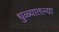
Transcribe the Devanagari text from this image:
धुळ्यातल्या